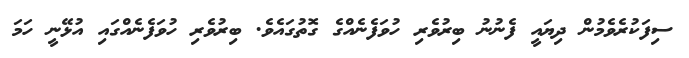
ސިފަކުރެވެމުން ދިޔައީ ފެނުނު ބިރުވެރި ހުވަފެނެއްގެ ގޮތުގައެވެ. ބިރުވެރި ހުވަފެނެއްގައި އުޅޭނީ ހަމަ